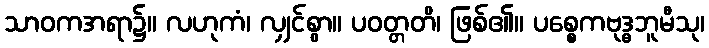
သာဝကအရာ၌။ လဟုကံ၊ လျှင်စွာ။ ပဝတ္တတိ၊ ဖြစ်၏။ ပစ္စေကဗုဒ္ဓဘူမီသု၊